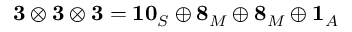
\mathbf { 3 } \otimes \mathbf { 3 } \otimes \mathbf { 3 } = \mathbf { 1 0 } _ { S } \oplus \mathbf { 8 } _ { M } \oplus \mathbf { 8 } _ { M } \oplus \mathbf { 1 } _ { A }